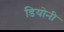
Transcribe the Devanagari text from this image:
डियोनी